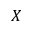
X